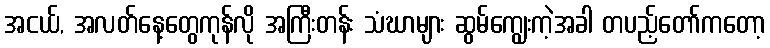
အငယ်, အလတ်နေ့တွေကုန်လို အကြီးတန်း သံဃာများ ဆွမ်ကျွေးကဲ့အခါ တပည့်တော်ကတော့